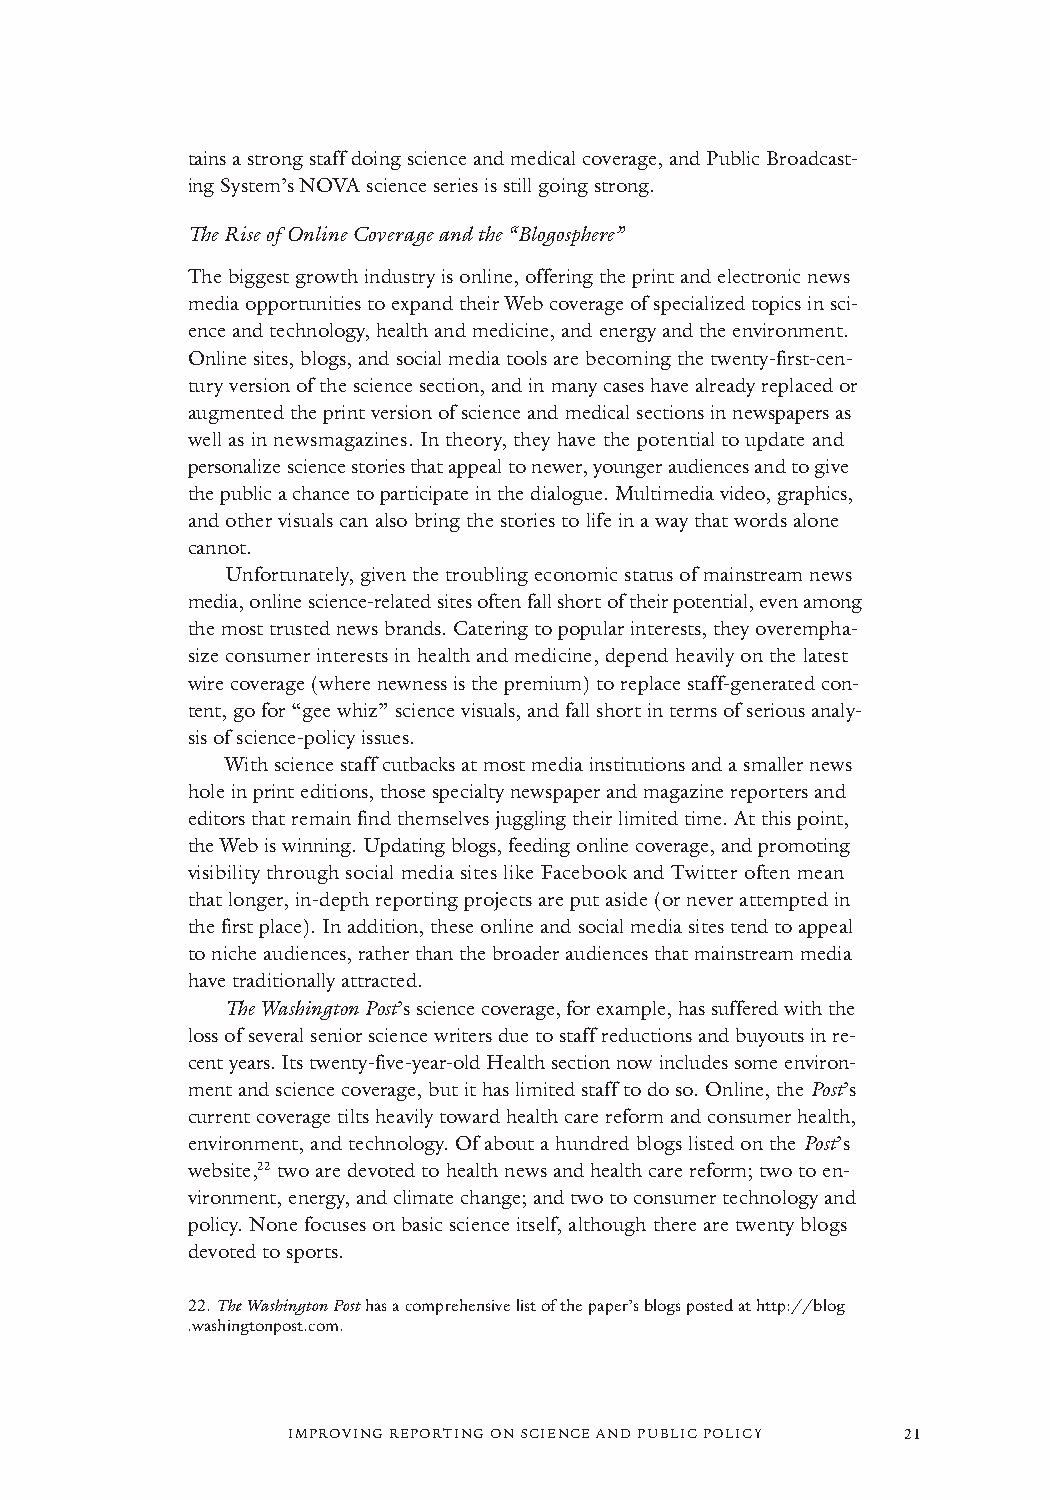
tains a strong staff doing science and medical coverage, and Public Broadcast-
 ing System’s NOVA science series is still going strong.
 The Rise of Online Coverage and the “Blogosphere”
 The biggest growth industry is online, offering the print and electronic news
 media opportunities to expand their Web coverage of specialized topics in sci-
 ence and technology, health and medicine, and energy and the environment.
 Online sites, blogs, and social media tools are becoming the twenty-first-cen-
 tury version of the science section, and in many cases have already replaced or
 augmented the print version of science and medical sections in newspapers as
 well as in newsmagazines. In theory, they have the potential to update and
 personalize science stories that appeal to newer, younger audiences and to give
 the public a chance to participate in the dialogue. Multimedia video, graphics,
 and other visuals can also bring the stories to life in a way that words alone
 cannot.
 Unfortunately, given the troubling economic status of mainstream news
 media, online science-related sites often fall short of their potential, even among
 the most trusted news brands. Catering to popular interests, they overempha-
 size consumer interests in health and medicine, depend heavily on the latest
 wire coverage (where newness is the premium) to replace staff-generated con-
 tent, go for “gee whiz” science visuals, and fall short in terms of serious analy-
 sis of science-policy issues.
 With science staff cutbacks at most media institutions and a smaller news
 hole in print editions, those specialty newspaper and magazine reporters and
 editors that remain find themselves juggling their limited time. At this point,
 the Web is winning. Updating blogs, feeding online coverage, and promoting
 visibility through social media sites like Facebook and Twitter often mean
 that longer, in-depth reporting projects are put aside (or never attempted in
 the first place). In addition, these online and social media sites tend to appeal
 to niche audiences, rather than the broader audiences that mainstream media
 have traditionally attracted.
 The Washington Post’s science coverage, for example, has suffered with the
 loss of several senior science writers due to staff reductions and buyouts in re-
 cent years. Its twenty-five-year-old Health section now includes some environ-
 ment and science coverage, but it has limited staff to do so. Online, the Post’s
 current coverage tilts heavily toward health care reform and consumer health,
 environment, and technology. Of about a hundred blogs listed on the Post’s
 website,22two are devoted to health news and health care reform; two to en-
 vironment, energy, and climate change; and two to consumer technology and
 policy. None focuses on basic science itself, although there are twenty blogs
 devoted to sports.
 22.The Washington Posthas a comprehensive list of the paper’s blogs posted at http://blog
 .washingtonpost.com.
 IMPROVING REPORTING ON SCIENCE AND PUBLIC POLICY 21